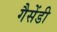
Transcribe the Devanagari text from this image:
गैसेंडी